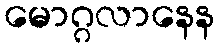
မောဂ္ဂလာနေန